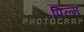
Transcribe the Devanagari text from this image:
पिल्म